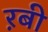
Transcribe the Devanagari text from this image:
ऱबी